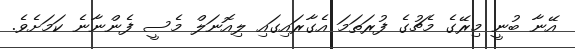
އޭނާ ބުނީ މިރޭގެ މެޗުގެ ފުރަތަމަ އެގާރައިގައި ލިއޮނަލް މެސީ ފެންނާނެ ކަމަށެވެ.